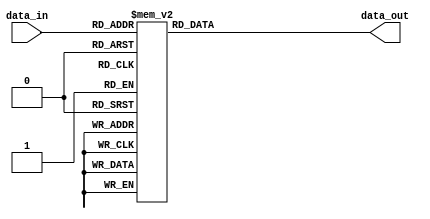
module dek7seg(
	input [3:0] data_in,
	output reg [6:0] data_out
);

always@(data_in) begin
	case(data_in)
		4'b0000: data_out <= 7'b1000000;
		4'b0001: data_out <= 7'b1111001;
		4'b0010: data_out <= 7'b0100100;
		4'b0011: data_out <= 7'b0110000;
		4'b0100: data_out <= 7'b0011001;
		4'b0101: data_out <= 7'b0010010;
		4'b0110: data_out <= 7'b0000010;
		4'b0111: data_out <= 7'b1111000;
		4'b1000: data_out <= 7'b0000000;
		4'b1001: data_out <= 7'b0010000;
		4'b1010: data_out <= 7'b0001000;
		4'b1011: data_out <= 7'b0000011;
		4'b1100: data_out <= 7'b1000110;
		4'b1101: data_out <= 7'b0100001;
		4'b1110: data_out <= 7'b0000110;
		4'b1111: data_out <= 7'b0001110;
	endcase
end

endmodule